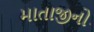
માતાજીનો